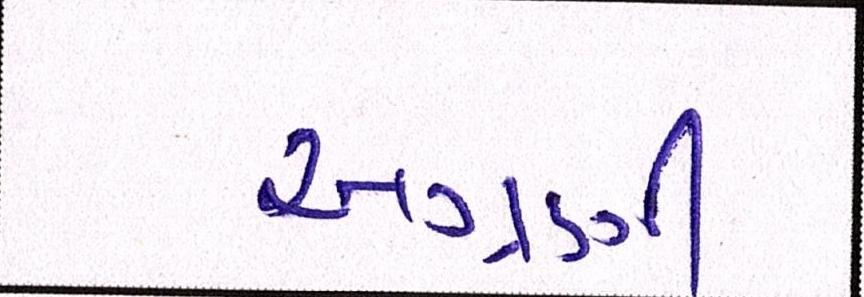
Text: અગ્રણી